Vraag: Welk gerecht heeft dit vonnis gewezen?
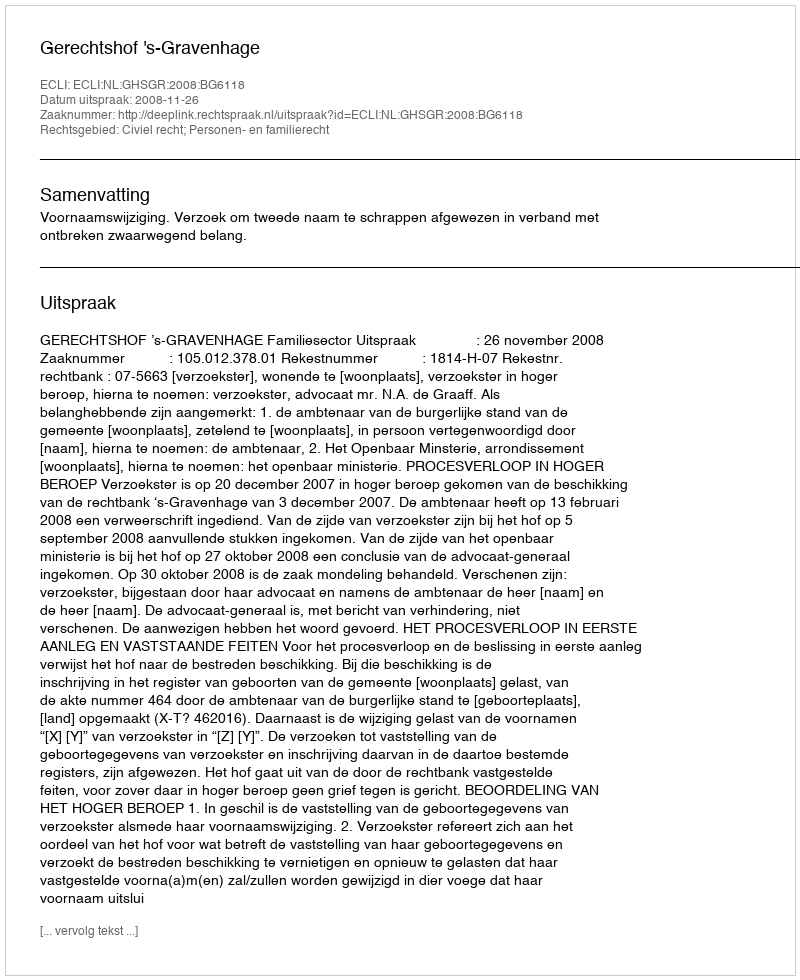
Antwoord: Gerechtshof 's-Gravenhage